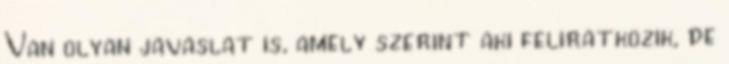
Van olyan javaslat is, amely szerint aki feliratkozik, de